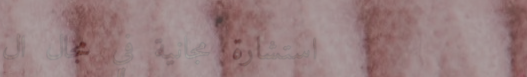
استشارة مجانية في مجال ال